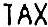
TAX